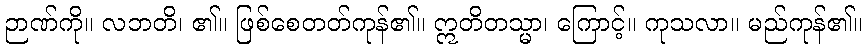
ဉာဏ်ကို။ လဘတိ၊ ၏။ ဖြစ်စေတတ်ကုန်၏။ ဣတိတသ္မာ၊ ကြောင့်။ ကုသလာ။ မည်ကုန်၏။